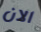
الان